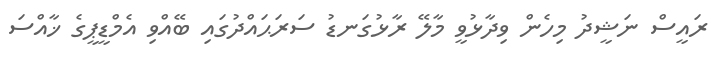
ރައީސް ނަޝީދު މިހެން ވިދާޅުވީ މާލޭ ރާޅުގަނޑު ސަރަޙައްދުގައި ބޭއްވި އެމްޑީޕީގެ ޚާއްސަ